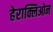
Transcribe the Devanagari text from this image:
हेराक्लिओन